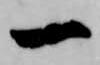
一